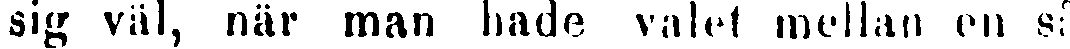
sig väl, när man hade valet mellan en så